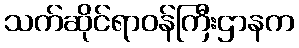
သက်ဆိုင်ရာဝန်ကြီးဌာနက